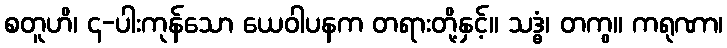
စတူဟိ၊ ၄-ပါးကုန်သော ယေဝါပနက တရားတို့နှင့်။ သဒ္ဓံ၊ တကွ။ ကရုဏာ၊